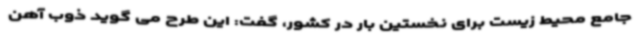
جامع محیط زیست برای نخستین بار در کشور، گفت: این طرح می گوید ذوب آهن